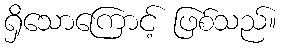
ရှိသောကြောင့် ဖြစ်သည်။